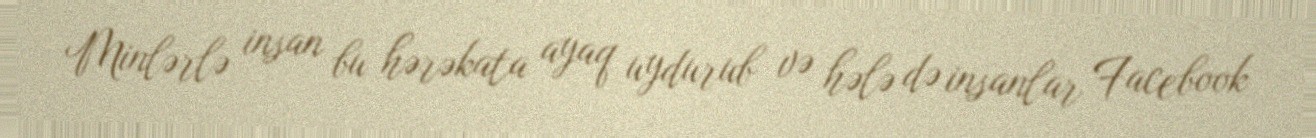
Minlərlə insan bu hərəkata ayaq uydurub və hələ də insanlar Facebook